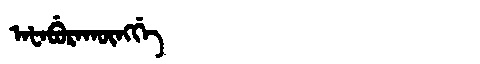
Manchu: ᠠᡶᠠᠪᡠᡵᠠᡴᡡᠩᡤᡝ
Romanization: AFABURAKŪNGGE